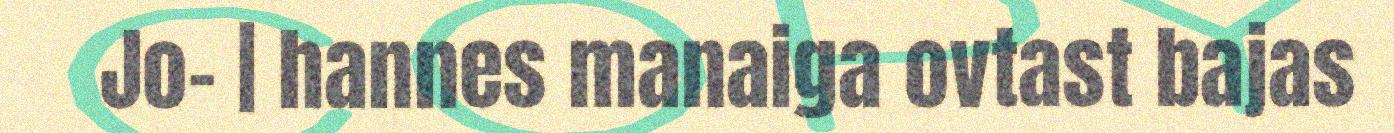
Jo- | hannes manaiga ovtast bajas